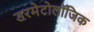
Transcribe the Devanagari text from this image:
डरमेटोलॉजिक